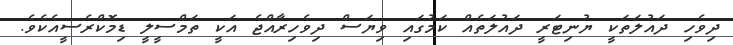
ދިވެހި ދައުލަތަކީ ޔުނިޓަރީ ދައުލަތެއް ކަމުގައި ވިޔަސް ދިވެހިރާއްޖެ އަކީ ތަމްސީލީ ޑިމޮކްރެސީއެކެވެ.